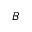
_ B